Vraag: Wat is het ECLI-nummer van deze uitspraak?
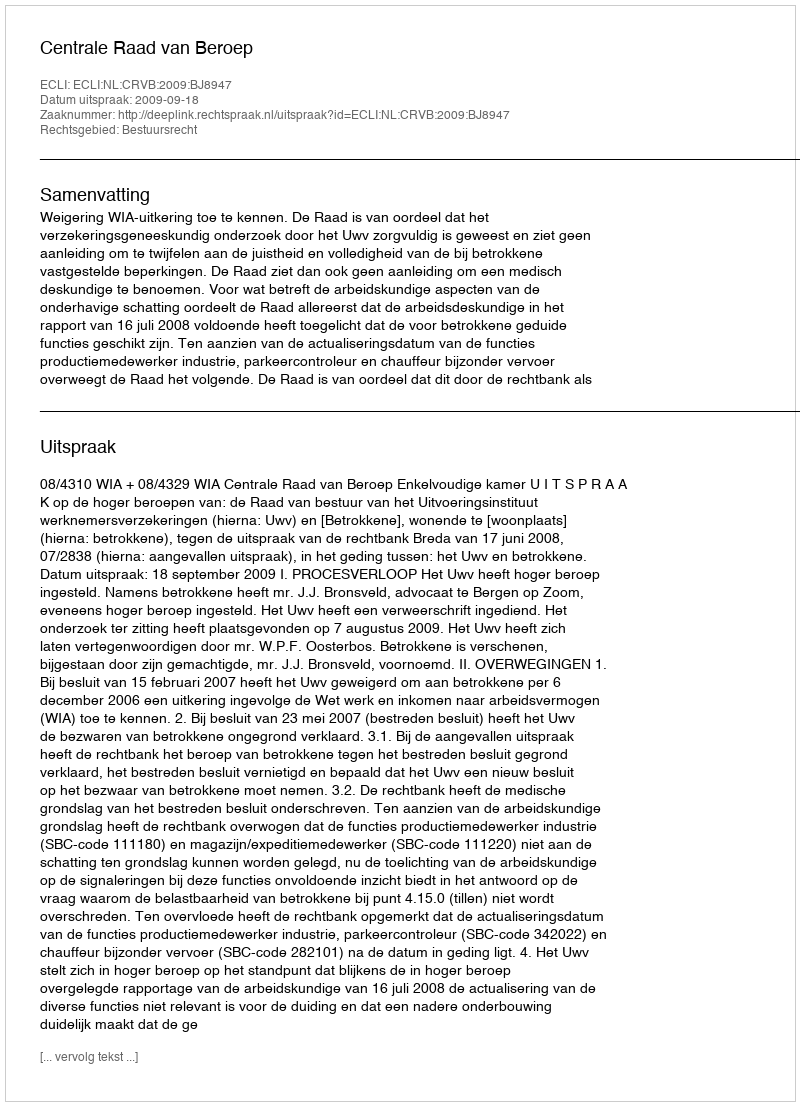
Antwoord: ECLI:NL:CRVB:2009:BJ8947